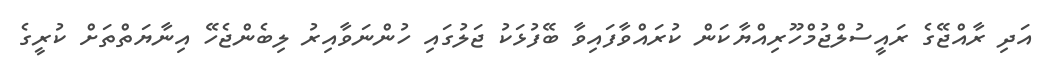
އަދި ރާއްޖޭގެ ރައީސުލްޖުމްހޫރިއްޔާކަން ކުރައްވާފައިވާ ބޭފުޅަކު ޖަލުގައި ހުންނަވާއިރު ލިބެންޖެހޭ އިނާޔަތްތަށް ކުރީގެ